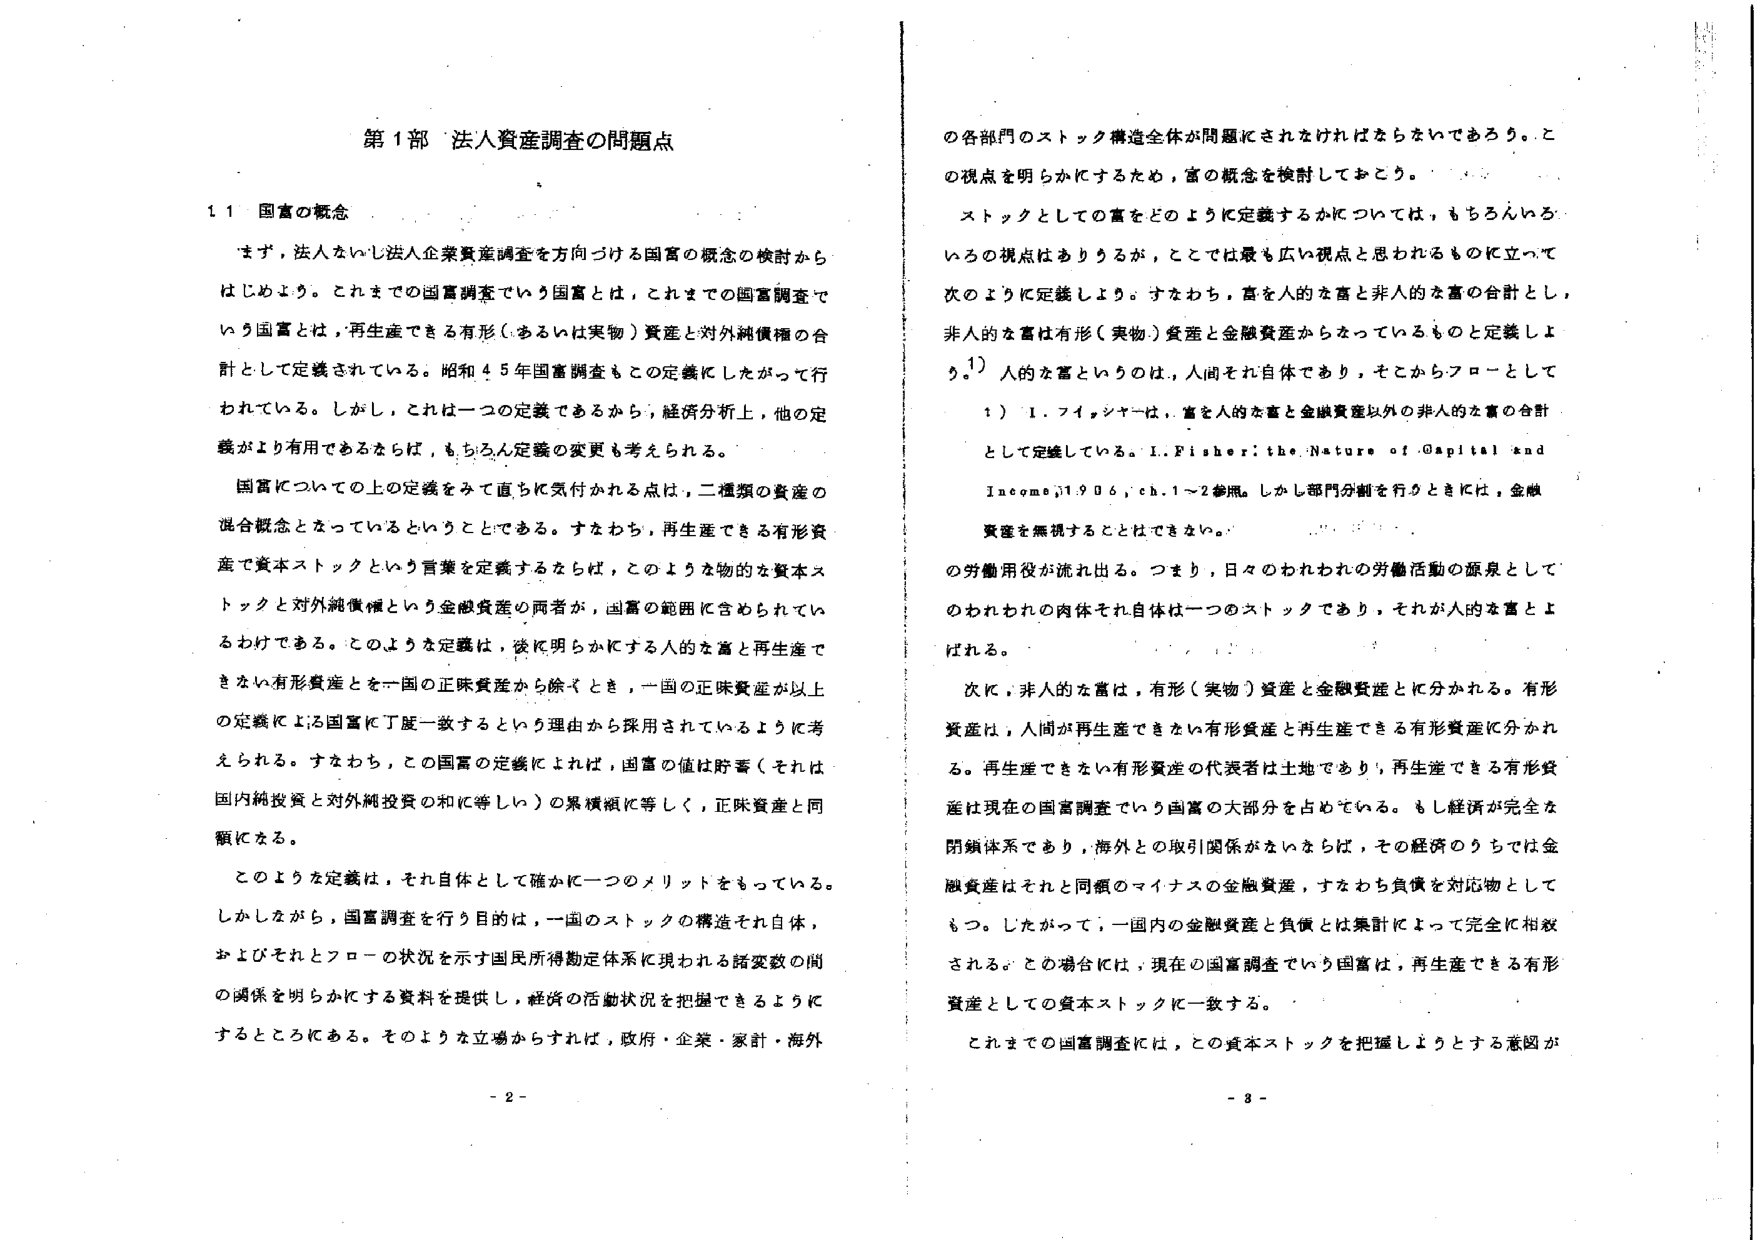
第１部 法人資産調査の問題点

１１ 国富の概念

まず，法人ないし法人企業資産調査を方向づける国富の概念の検討からはじめよう。これまでの国富調査でいう国富とは，これまでの国富調査でいう国富とは，再生産できる有形（あるいは実物）資産と対外純債権の合計として定義されている。昭和４５年国富調査もこの定義にしたがって行われている。しかし，これは一つの定義であるから，経済分析上，他の定義がより有用であるならば，もちろん定義の変更も考えられる。

国富についての上の定義をみて直ちに気付かれる点は，二種類の資産の混合概念となっているということである。すなわち，再生産できる有形資産で資本ストックという言葉を定義するならば，このような物的な資本ストックと対外純債権という金融資産の両者が，国富の範囲に含まれているわけである。このような定義は，後に明らかにする人的な富と再生産できない有形資産を一国の正味資産から除くとき，一国の正味資産が以上の定義による国富に丁度一致するという理由から採用されているように考えられる。すなわち，この国富の定義によれば，国富の値は貯蓄（それは国内純投資と対外純投資の和に等しい）の累積額に等しく，正味資産と同額になる。

このような定義は，それ自体として確かに一つのメリットをもっている。しかしながら，国富調査を行う目的は，一国のストックの構造それ自体，およびそれとフローの状況を示す国民所得勘定体系に現われる諸変数の間の関係を明らかにする資料を提供し，経済の活動状況を把握できるようにすることにある。そのような立場からすれば，政府・企業・家計・海外

の各部門のストック構造全体が問題にされなければならないであろう。この視点を明らかにするため，富の概念を検討しておこう。

ストックとしての富をどのように定義するかについては，もちろんいろいろの視点はありうるが，ここでは最も広い視点と思われるものに立って次のように定義しよう。すなわち，富を人的な富と非人的な富の合計とし，非人的な富は有形（実物）資産と金融資産からなっているものと定義しよう。1）人的な富というのは，人間それ自体であり，そこからフローとして

１）１．フィッシャーは，富を人的な富と金融資産以外の非人的な富の合計として定義している。I. Fisher: the Nature of Capital and Income, 1906, ch. 1～2参照。しかし部門分割を行うときには，金融資産を無視することはできない。

の労働用役が流れ出る。つまり，日々のわれわれの労働活動の源泉としてのわれわれの肉体それ自体は一つのストックであり，それが人的な富とよばれる。

次に，非人的な富は，有形（実物）資産と金融資産とに分かれる。有形資産は，人間が再生産できない有形資産と再生産できる有形資産に分かれる。再生産できない有形資産の代表者は土地であり，再生産できる有形資産は現在の国富調査でいう国富の大部分を占めている。もし経済が完全な閉鎖体系であり，海外との取引関係がなければ，その経済のうちでは金融資産はそれと同額のマイナスの金融資産，すなわち負債を対応物としてもつ。したがって，一国内の金融資産と負債とは集計によって完全に相殺される。この場合には，現在の国富調査でいう国富は，再生産できる有形資産としての資本ストックに一致する。

これまでの国富調査には，この資本ストックを把握しようとする意図が

- 2 -
- 3 -